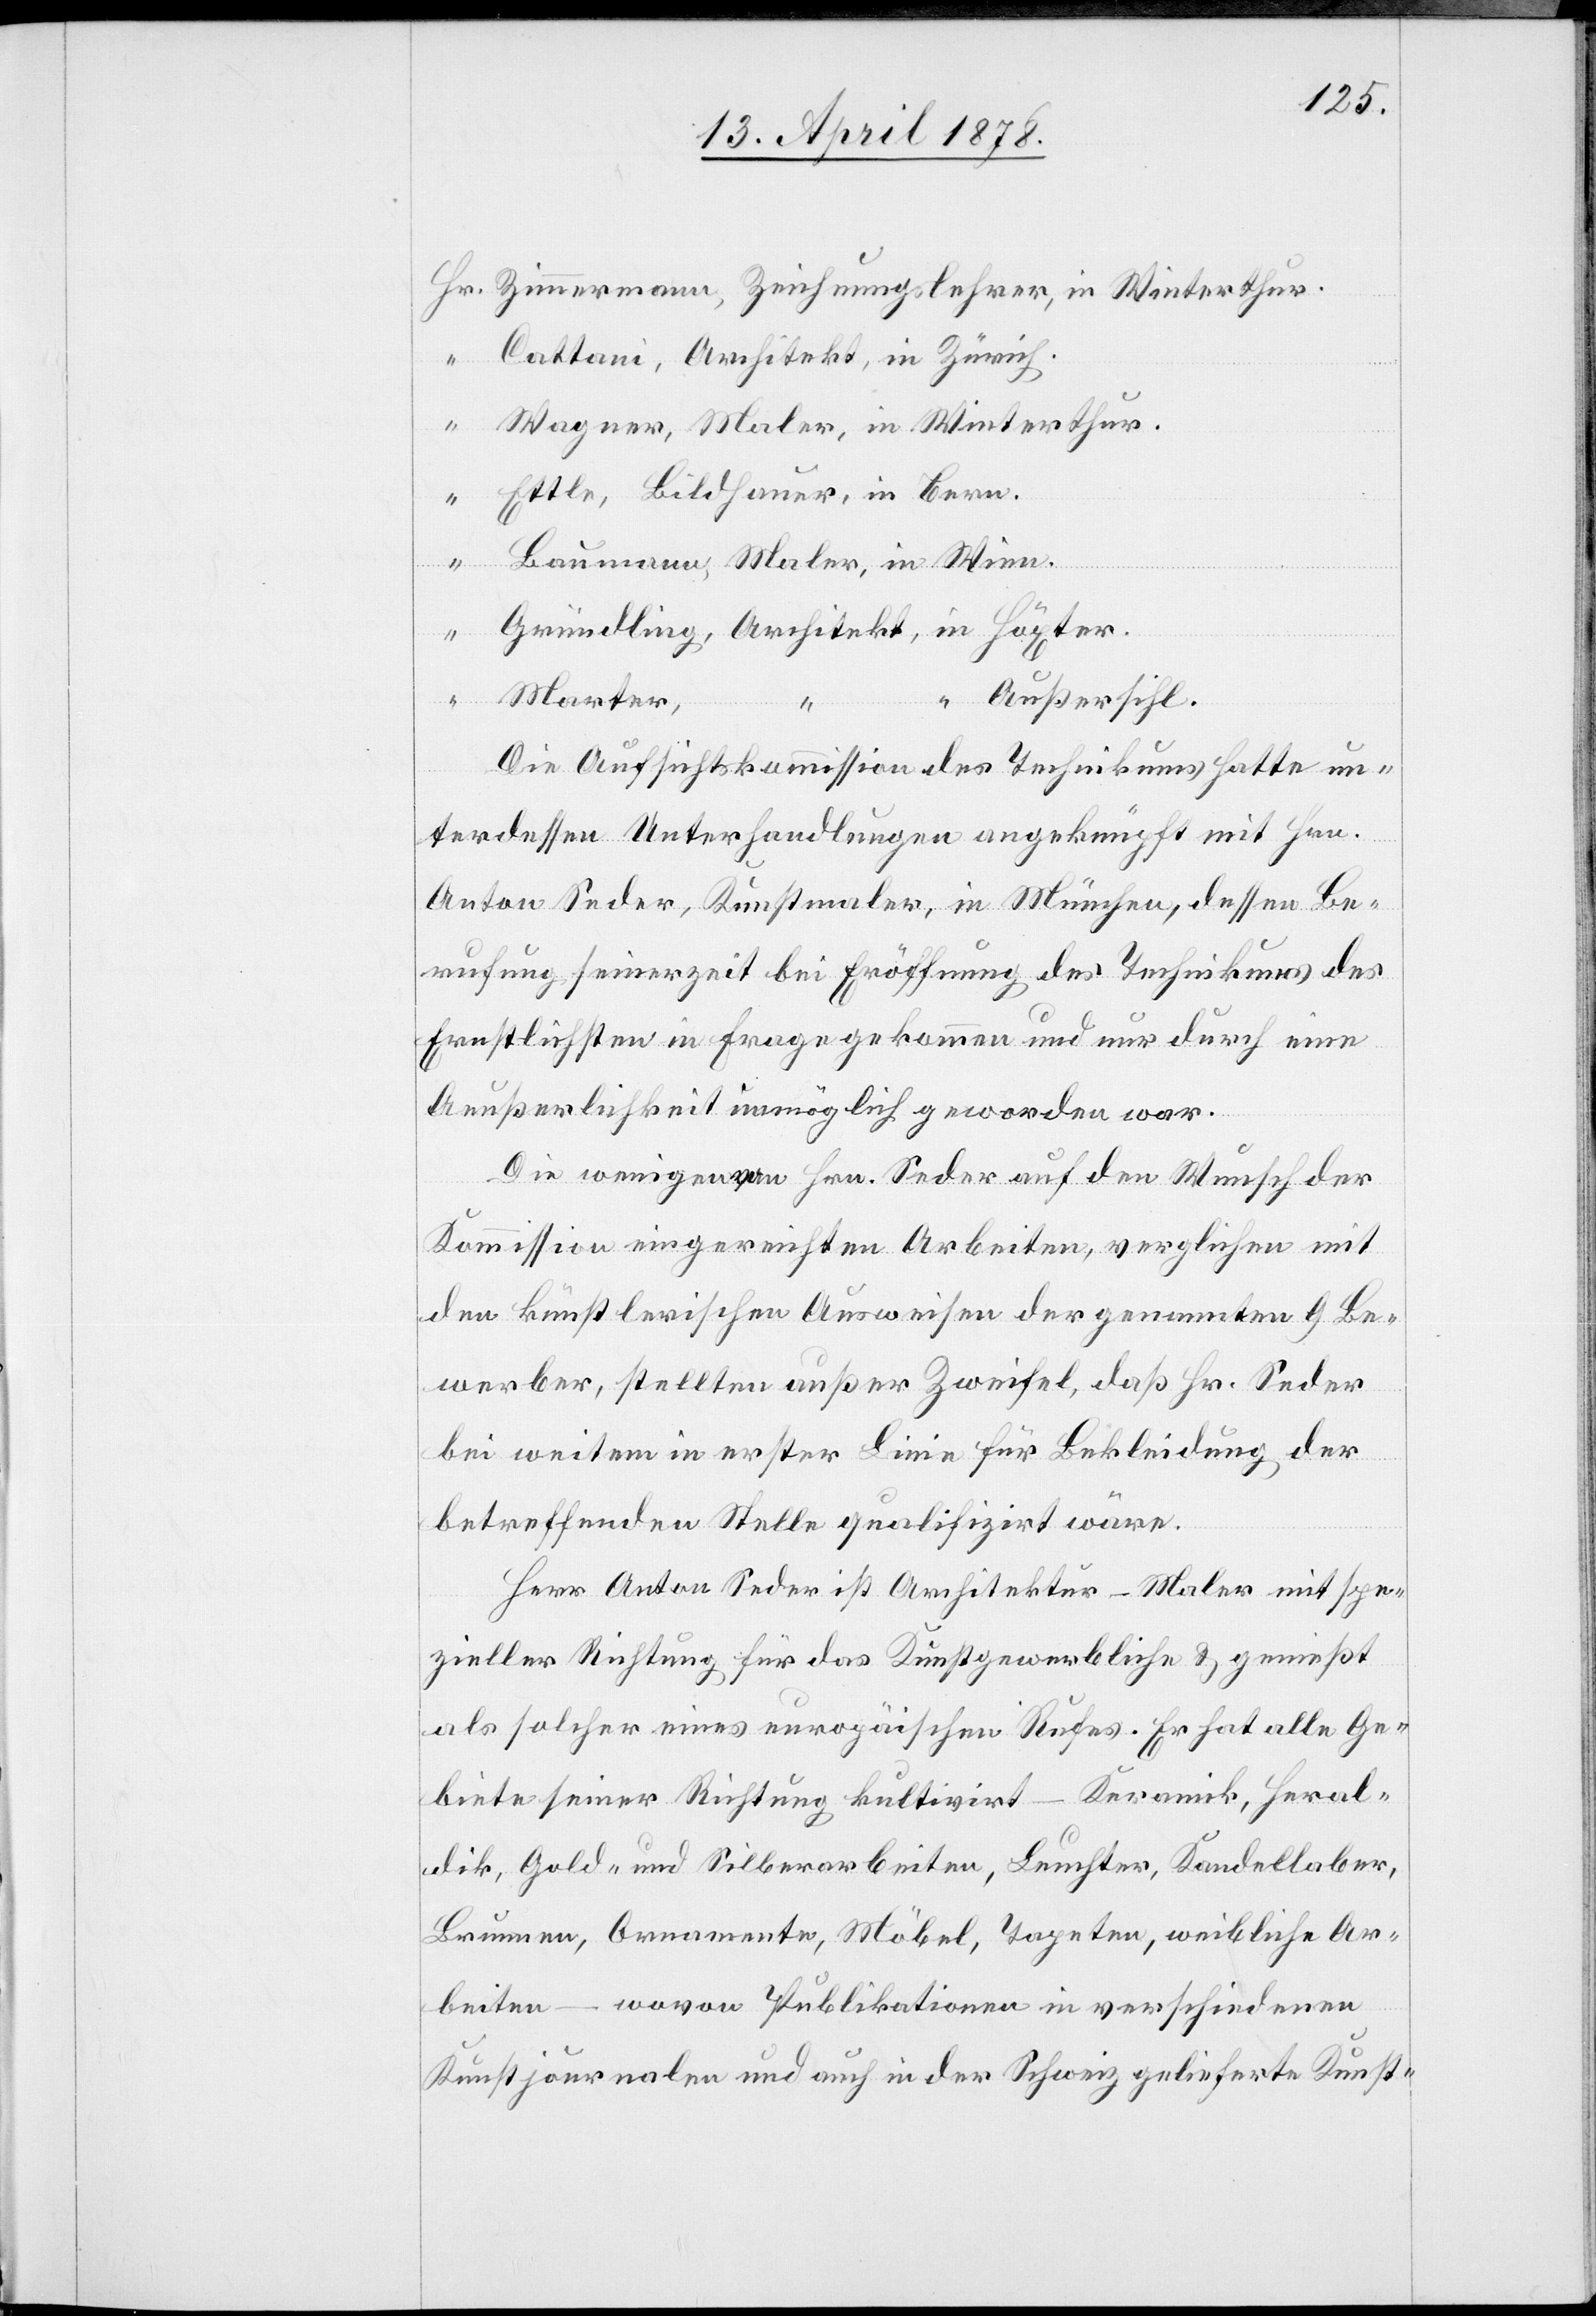
“ Zimmermann, Zeichnungslehrer, in Winterthur.
“ Wagner, Maler, in Winterthur.
Ettle, Bildhauer, in Bern.
Baumann, Maler, in Wien.
Gründling, Architekt, in Höxter.
“ Marter,
“ Außersihl.
Die Aufsichtskommission des Technikums hatte un¬
terdessen Unterhandlungen angeknüpft mit Hrn.
Anton Seder, Kunstmaler, in München, dessen Be¬
rufung seinerzeit bei Eröffnung des Technikums des
Ernstlichsten in Frage gekommen und nur durch eine
Aeußerlichkeit unmöglich geworden war.
Die wenigen von Hrn. Seder auf den Wunsch der
Kommission eingereichten Arbeiten, verglichen mit
den künstlerischen Ausweisen der genannten 9 Be¬
werber, stellten außer Zweifel, das Hr. Seder
bei weitem in erster Linie für Bekleidung der
betreffenden Stelle qualifizirt wäre.
Herr Anton Seder ist Architektur-Maler mit spe¬
zieller Richtung für das Kunstgewerbliche & genießt
als solcher eines europäischen Rufes. Er hat alle Ge¬
biete seiner Richtung kultivirt – Keramik, Heral¬
dik, Gold- und Silberarbeiten, Leuchter, Kandellaber,
Brunnen, Ornamente, Möbel, Tapeten, weibliche Ar¬
beiten – wovon Publikationen in verschiedenen
Kunstjournalen und auch in der Schweiz geleistete Kunst-